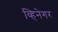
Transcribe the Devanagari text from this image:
व्हिनेगर